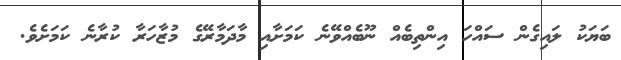
ބަޔަކު ލައިގެން ސައްހަ އިންތިބެއް ނޫބެއްވޭނެ ކަމަށާއި މާދަމާރޭގެ މުޒާހަރާ ކުރާނެ ކަމަށެވެ.